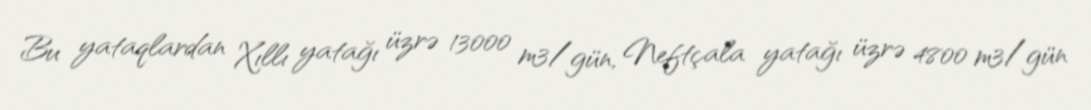
Bu yataqlardan Xıllı yatağı üzrə 13000 m3/gün, Neftçala yatağı üzrə 4800 m3/gün